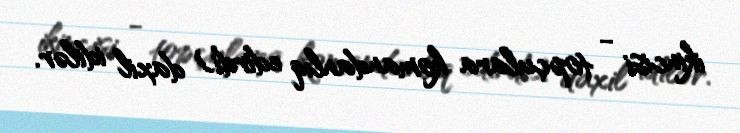
ikincisi - topçulara komandanlıq edirdi) daxil idilər.